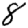
Digit: 8